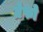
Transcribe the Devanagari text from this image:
ग्रेफो